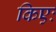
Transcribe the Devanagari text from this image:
किएः